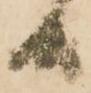
候